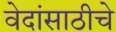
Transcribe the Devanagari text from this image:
वेदांसाठीचे